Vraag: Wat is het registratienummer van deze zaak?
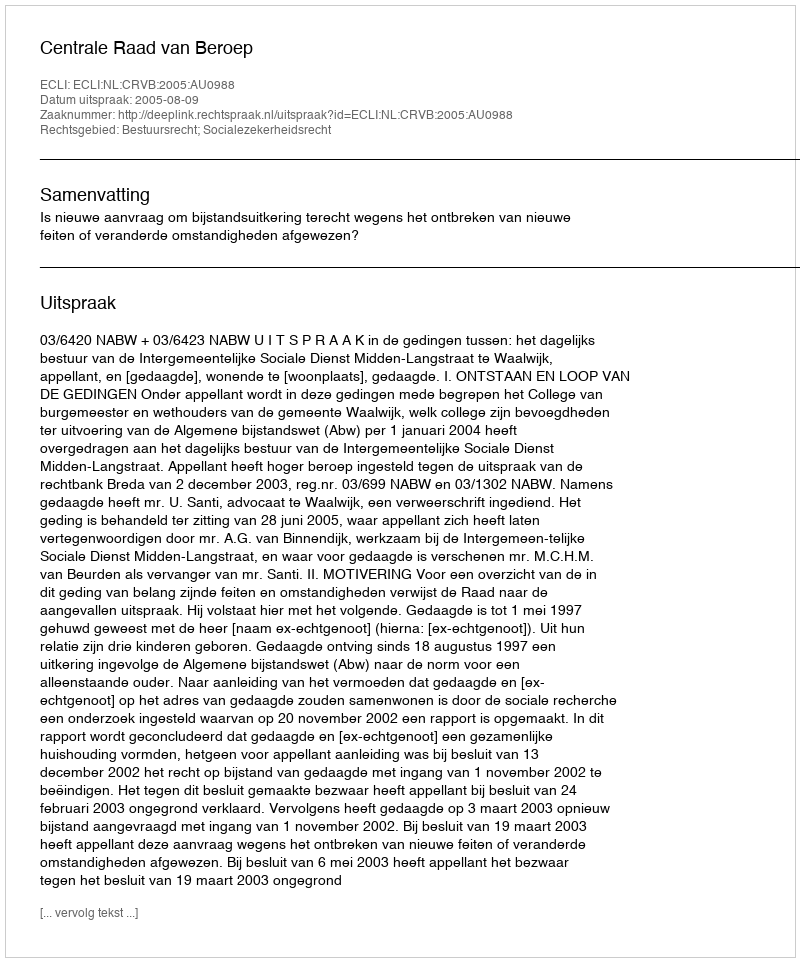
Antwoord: http://deeplink.rechtspraak.nl/uitspraak?id=ECLI:NL:CRVB:2005:AU0988